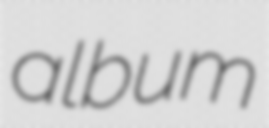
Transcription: album